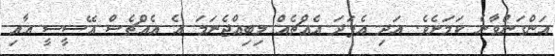
އަންގަންވާނެ ކަމަށެވެ. އަދި އެފަދަ އެއްޗެއް ލިބިއްޖެނަމަ އެ އެއްޗެސް އޭސީސީ އާއި